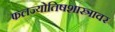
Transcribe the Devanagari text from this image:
फलज्योतिषशास्त्रावर